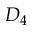
D _ { 4 }